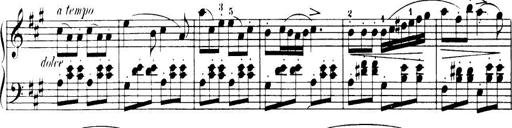
Title: 32 Sonatinas and Rondos for the Piano
Composer: Richard Kleinmichel